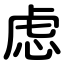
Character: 虑